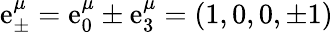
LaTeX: \mathrm{e}_{\pm}^{\mu}=\mathrm{e}_{0}^{\mu}\pm\mathrm{e}_{3}^{\mu}=\left(1,0,0,\pm1\right)